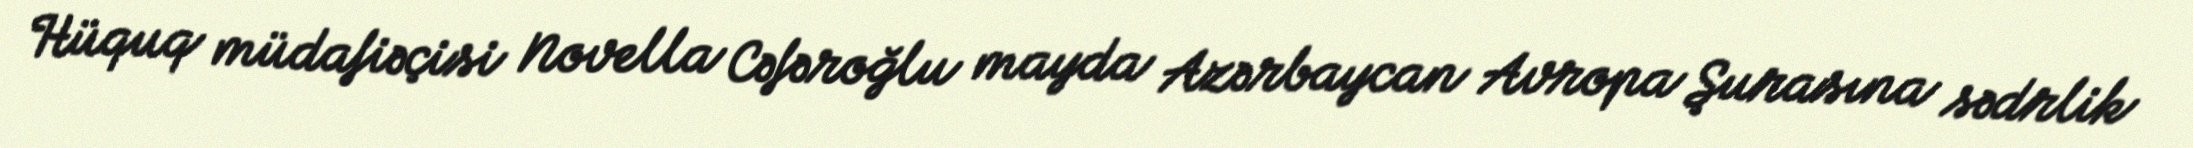
Hüquq müdafiəçisi Novella Cəfəroğlu mayda Azərbaycan Avropa Şurasına sədrlik